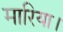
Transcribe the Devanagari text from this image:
मारिया।